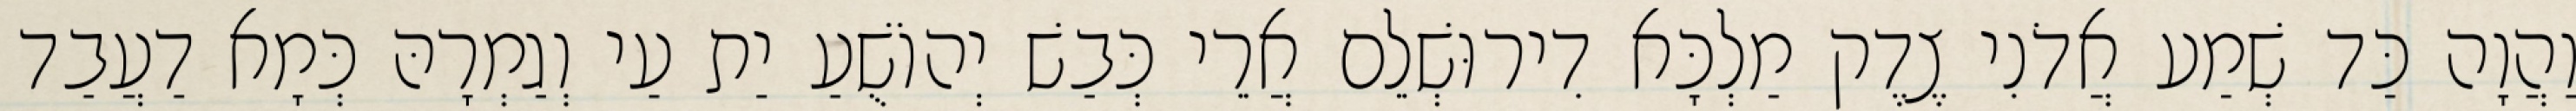
וַהֲוָה כַּד שְׁמַע אֲדֹנִי צֶדֶק מַלְכָּא דִירוּשְׁלֵם אֲרֵי כְּבַשׁ יְהוֹשֻׁעַ יַת עַי וְגַמְרָהּ כְּמָא דַעֲבַד